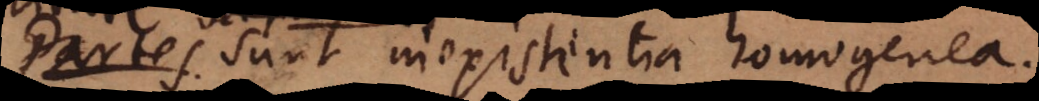
s sunt inexistentia homogenea.